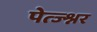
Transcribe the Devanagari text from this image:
पेत्ज्श्नर